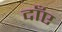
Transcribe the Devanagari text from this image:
दाँए